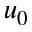
u _ { 0 }